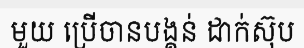
មួយ ប្រើចានបង្គន់ ដាក់ស៊ុប